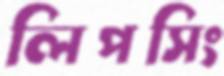
লিপসিং